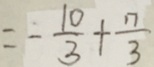
= - \frac { 1 0 } { 3 } + \frac { 1 7 } { 3 }